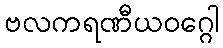
ဗလကရဏီယဝဂ္ဂေါ